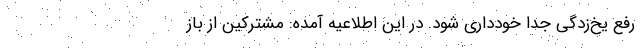
رفع یخ‌زدگی جدا خودداری شود. در این اطلاعیه آمده: مشترکین از باز